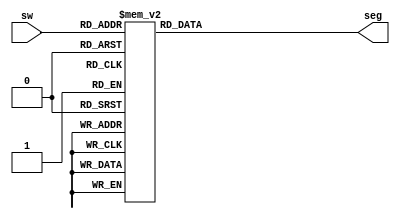
`timescale 1ns / 1ps

module bcd(
    input [3:0] sw ,
    output [6:0] seg
    );
    
    reg [6:0] sseg = 0; assign seg = sseg;
    
    always @(*) begin
        case(sw)
        4'b0000: sseg = 7'b1000_000;
        4'b0001: sseg = 7'b1111_001;
        4'b0010: sseg = 7'b0100_100;
        4'b0011: sseg = 7'b0110_000;
        4'b0100: sseg = 7'b0011_001;
        4'b0101: sseg = 7'b0010_010;
        4'b0110: sseg = 7'b0000_010;
        4'b0111: sseg = 7'b1111_000;
        4'b1000: sseg = 7'b0000_000;
        4'b1001: sseg = 7'b0010_000;
        4'b1010: sseg = 7'b0001_000;
        4'b1011: sseg = 7'b0000_011;
        4'b1100: sseg = 7'b1000_110;
        4'b1101: sseg = 7'b0100_001;
        4'b1110: sseg = 7'b0000_110;
        4'b1111: sseg = 7'b0001_110;
        default: sseg = 7'b1111111;
        endcase 
    end
    
endmodule